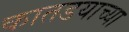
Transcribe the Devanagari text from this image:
कातडयाच्या